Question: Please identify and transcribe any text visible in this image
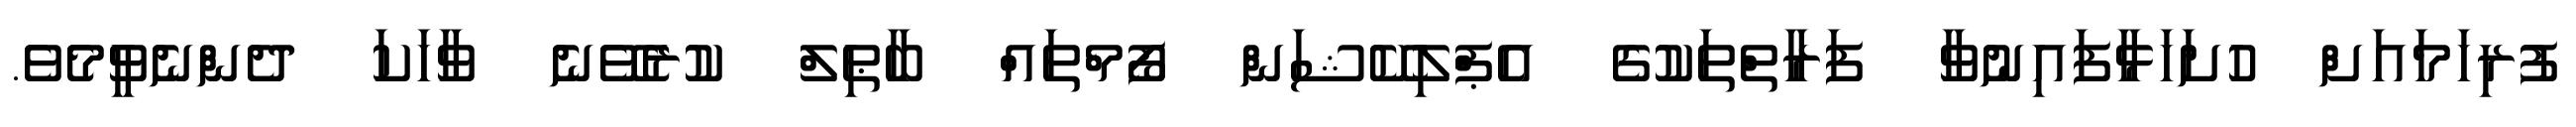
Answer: ފުރިހަމައަށް ހުށަހަޅާފައިނުވާ ފަރާތްތަކުގެ އެޕްލިކޭޝަން ފޯމްތައް ބާޠިލް ކުރެވޭނެ ވާހަކަ ދެންނެވީމެވެ.